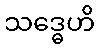
သဒ္ဓေဟိ